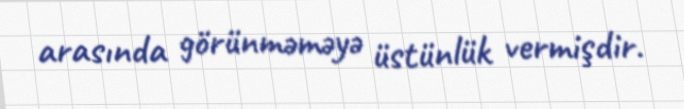
arasında görünməməyə üstünlük vermişdir.